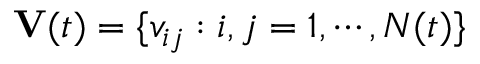
\mathbf { V } ( t ) = \{ v _ { i j } : i , j = 1 , \cdots , N ( t ) \}